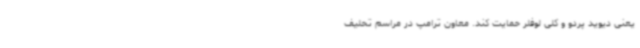
یعنی دیوید پردو و کلی لوفلر حمایت کند. معاون ترامپ در مراسم تحلیف